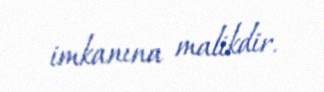
imkanına malikdir.